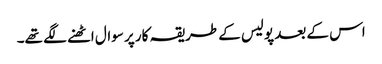
اس کے بعد پولیس کے طریقہ کار پر سوال اٹھنے لگے تھے۔